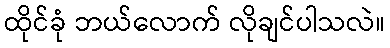
ထိုင်ခုံ ဘယ်လောက် လိုချင်ပါသလဲ။